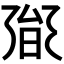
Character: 𭥟